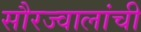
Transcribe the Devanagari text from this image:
सौरज्वालांची